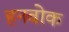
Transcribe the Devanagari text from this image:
हनबोक